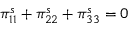
\pi _ { 1 1 } ^ { s } + \pi _ { 2 2 } ^ { s } + \pi _ { 3 3 } ^ { s } = 0